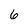
Character: 6